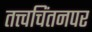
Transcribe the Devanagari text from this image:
तत्त्वचिंतनपर